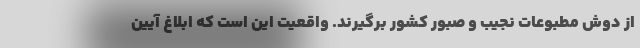
از دوش مطبوعات نجیب و صبور کشور برگیرند. واقعیت این است که ابلاغ آیین